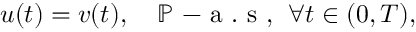
u ( t ) = v ( t ) , \quad \mathbb { P } \mathrm { ~ - ~ a ~ . ~ s ~ , ~ } \; \forall t \in ( 0 , T ) ,